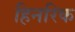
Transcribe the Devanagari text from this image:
हिनरिक